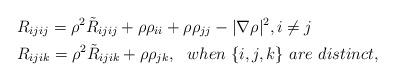
LaTeX: \begin{align*}&R_{ijij}=\rho^2\tilde{R}_{ijij}+\rho\rho_{ii}+\rho\rho_{jj}-|\nabla\rho|^2, i\neq j\\&R_{ijik}=\rho^2\tilde{R}_{ijik}+\rho\rho_{jk},~~ when~ \{i,j,k\}~ are~ distinct,\\\end{align*}